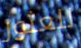
للعثور